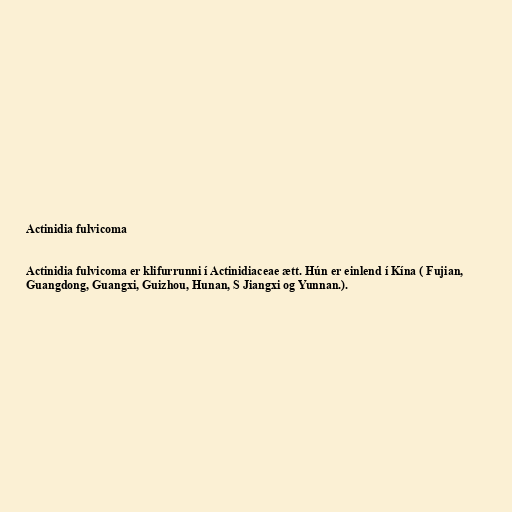
Actinidia fulvicoma

Actinidia fulvicoma er klifurrunni í Actinidiaceae ætt. Hún er einlend í Kína ( Fujian,
Guangdong, Guangxi, Guizhou, Hunan, S Jiangxi og Yunnan.).